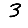
Digit: 3